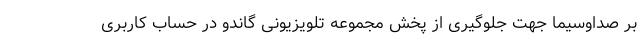
بر صداوسیما جهت جلوگیری از پخش مجموعه تلویزیونی گاندو در حساب کاربری